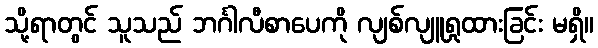
သို့ရာတွင် သူသည် ဘင်္ဂါလီစာပေကို လျစ်လျူရှုထားခြင်း မရှိ။